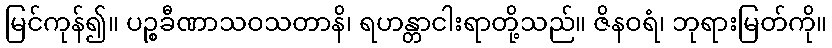
မြင်ကုန်၍။ ပဉ္စခီဏာသဝသတာနိ၊ ရဟန္တာငါးရာတို့သည်။ ဇိနဝရံ၊ ဘုရားမြတ်ကို။